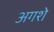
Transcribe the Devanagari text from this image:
अगशे